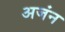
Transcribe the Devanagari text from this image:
अजंन